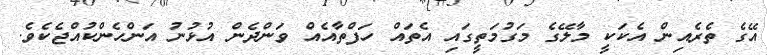
އޭގެ ތެރެއިން އެކަކީ މާލޭގެ މަގުމަތީގައި އެތައް ހަފްތާއެއް ވަންދެން އުޅުނު އަންހެންކުއްޖެކެވެ.